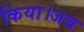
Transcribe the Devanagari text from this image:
किया।जब